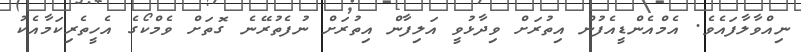
ނިއްވާލާފައެވެ. އެމްއެންޑީއެފުން އިތުރަށް ވިދާޅުވީ އަލިފާން އިތުރަށް ނުފެތުރޭނެ ގޮތަށް ވެމްކޯގެ އެހީތެރިކަމާއެކު